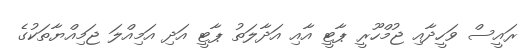
ރައީސް ވަހީދާއި ޖުމްހޫރީ ޕާޓީ އާއި އަދާލަތު ޕާޓީ އަދި އަމިއްލަ ޖަމިއްޔާތަކުގެ